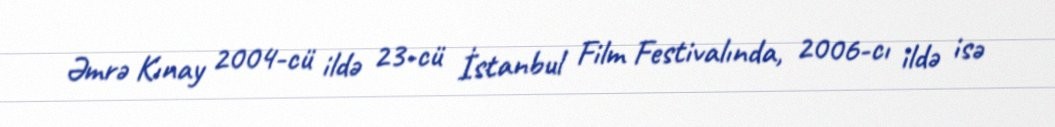
Əmrə Kınay 2004-cü ildə 23-cü İstanbul Film Festivalında, 2006-cı ildə isə